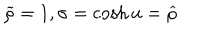
LaTeX: \widetilde { \rho } = 1 , \sigma = \cosh u = \widehat { \rho }